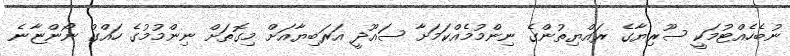
ނުބެހެއްޓުމަކީ ސޫރިޔާގެ ރައްޔިތުންގެ ނިންމުމެއްކަމަށާ ސައޫދީ އަރަބިޔާއަށް މިގޮތަށް ނިންމުމުގެ ހައްގު ނޯންޏާނެ